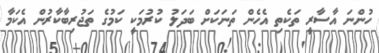
ހުންނަ އާސާރީ ތަކެތި އެހެން ތަނަކަށް ބަދަލު ކުރުމަކީ ކަމުގެ ތަޖުރިބާކާރުން އެކަމާ